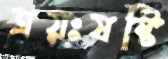
ত্রয়ঃষষ্টি